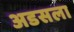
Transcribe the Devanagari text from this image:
अडसला